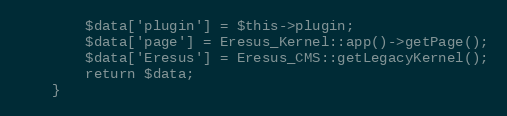
Language: PHP
		$data['plugin'] = $this->plugin;
		$data['page'] = Eresus_Kernel::app()->getPage();
		$data['Eresus'] = Eresus_CMS::getLegacyKernel();
		return $data;
	}